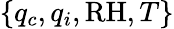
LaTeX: \{ q_{c},q_{i},\mathrm{RH},T\}